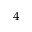
^ { 4 }